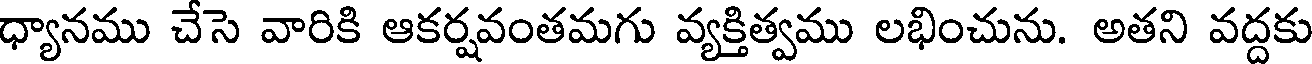
ధ్యానము చేసె వారికి ఆకర్షవంతమగు వ్యక్తిత్వము లభించును. అతని వద్దకు